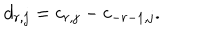
LaTeX: d _ { r , j } = c _ { r , j } - c _ { - r - 1 , j } .